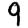
Digit: 9